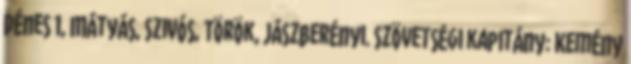
Dénes 1, Mátyás, Szivós, Török, Jászberényi. Szövetségi kapitány: Kemény